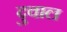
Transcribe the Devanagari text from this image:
दुवाल